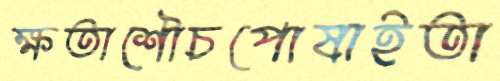
ক্ষতাশৌচপোষাইতা